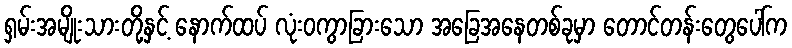
ရှမ်းအမျိုးသားတို့နှင့် နောက်ထပ် လုံးဝကွာခြားသော အခြေအနေတစ်ခုမှာ တောင်တန်းတွေပေါ်က